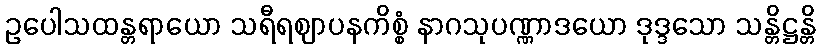
ဥပေါသထန္တရာယော သရီရဈာပနကိစ္စံ နာဂသုပဏ္ဏာဒယော ဒုဒ္ဒသော သန္တိဋ္ဌန္တိ